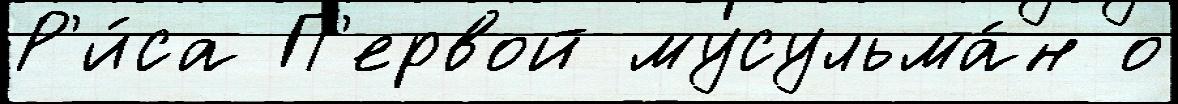
Р'и́са П'ервой мусульма́н о